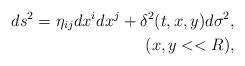
LaTeX: \begin{align*}ds^2 = \eta_{ij} dx^i dx^j + \delta^2(t,x,y) d\sigma^2, \\ (x,y << R),\end{align*}